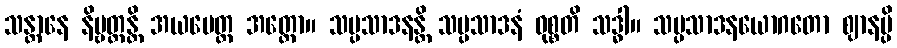
သန္တာနေ နိဗ္ဗတ္တန္တိ အယမေတ္ထ အတ္ထော။ သမ္ပသာဒနန္တိ သမ္ပသာဒနံ ဝုစ္စတိ သဒ္ဓါ။ သမ္ပသာဒနယောဂတော ဈာနမ္ပိ